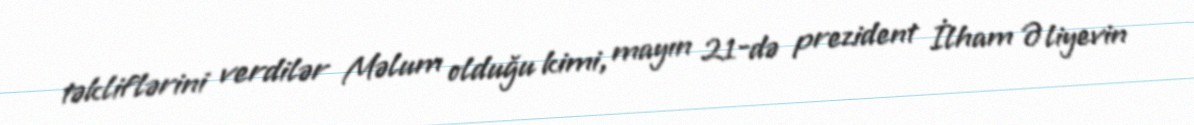
təkliflərini verdilər Məlum olduğu kimi, mayın 21-də prezident İlham Əliyevin